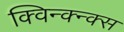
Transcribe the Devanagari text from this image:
क्विन्क्न्क्स